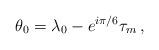
LaTeX: \begin{align*} \theta_0=\lambda_0-e^{i\pi/6}\tau_m\,,\end{align*}